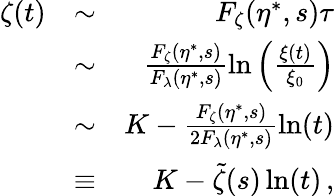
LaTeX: \begin{array}{rlr}{\zeta(t)}&{\sim}&{F_{\zeta}(\eta^{\ast},s)\tau}\\ &{\sim}&{\frac{F_{\zeta}(\eta^{\ast},s)}{F_{\lambda}(\eta^{\ast},s)}\ln\left(\frac{\xi(t)}{\xi_{0}}\right)}\\ &{\sim}&{K-\frac{F_{\zeta}(\eta^{\ast},s)}{2F_{\lambda}(\eta^{\ast},s)}\ln(t)}\\ &{\equiv}&{K-\tilde{\zeta}(s)\ln(t)\, ,}\end{array}